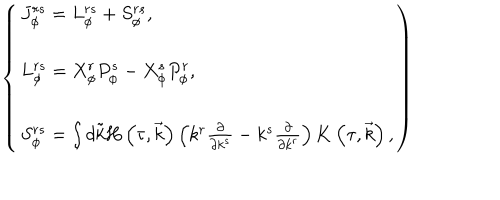
\left\{ \begin{array} { l } { { J _ { \phi } ^ { r s } = L _ { \phi } ^ { r s } + S _ { \phi } ^ { r s } , } } \\ { { L _ { \phi } ^ { r s } = X _ { \phi } ^ { r } P _ { \phi } ^ { s } - X _ { \phi } ^ { s } P _ { \phi } ^ { r } , } } \\ { { S _ { \phi } ^ { r s } = \int d \tilde { k } { \bf H } \left( \tau , \vec { k } \right) \left( k ^ { r } \frac \partial { \partial k ^ { s } } - k ^ { s } \frac \partial { \partial k ^ { r } } \right) { \bf K } \left( \tau , \vec { k } \right) , } } \\ \end{array} \right)